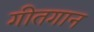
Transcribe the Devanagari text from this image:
गीतगान